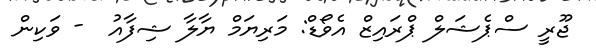
ޖޫރީ ސްޕެޝަލް ޕްރައިޒް އެވޯޑް: މަރިޔަމް ޔާލާ ޝިފާއު  - ވަކިން